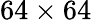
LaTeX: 64\times 64